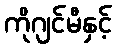
ကိုဂျင်မီနှင့်